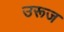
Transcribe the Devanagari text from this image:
उरूज